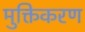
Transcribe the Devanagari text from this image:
मुक्तिकरण